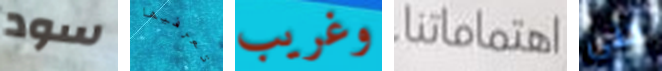
سود تعرفيها وغريب اهتماماتنا حتى